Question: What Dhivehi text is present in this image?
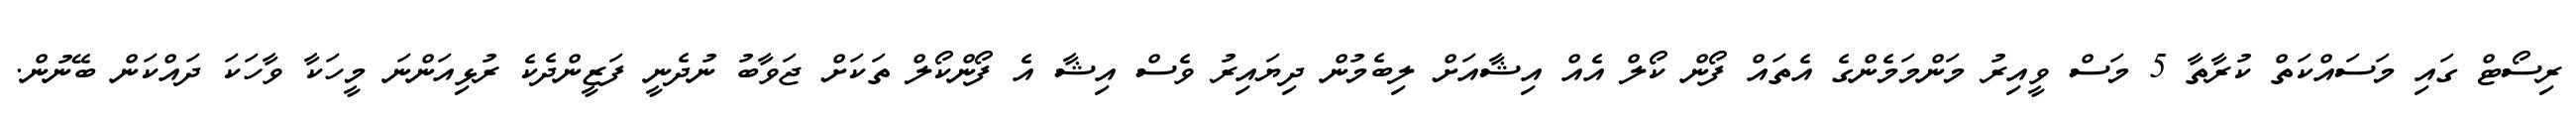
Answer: ރިސޯޓް ގައި މަސައްކަތް ކުރާތާ 5 މަސް ވީއިރު މަންމަމެންގެ އެތައް ފޯން ކޯލް އެއް އިޝާއަށް ލިބެމުން ދިޔައިރު ވެސް އިޝާ އެ ފޯންކޯލް ތަކަށް ޖަވާބު ނުދެނީ ފަޒީންދެކެ ރުޅިއަންނަ މީހަކާ ވާހަކަ ދައްކަން ބޭނުން.